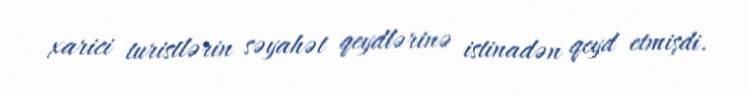
xarici turistlərin səyahət qeydlərinə istinadən qeyd etmişdi.